Report of the Bombay Veterinary College
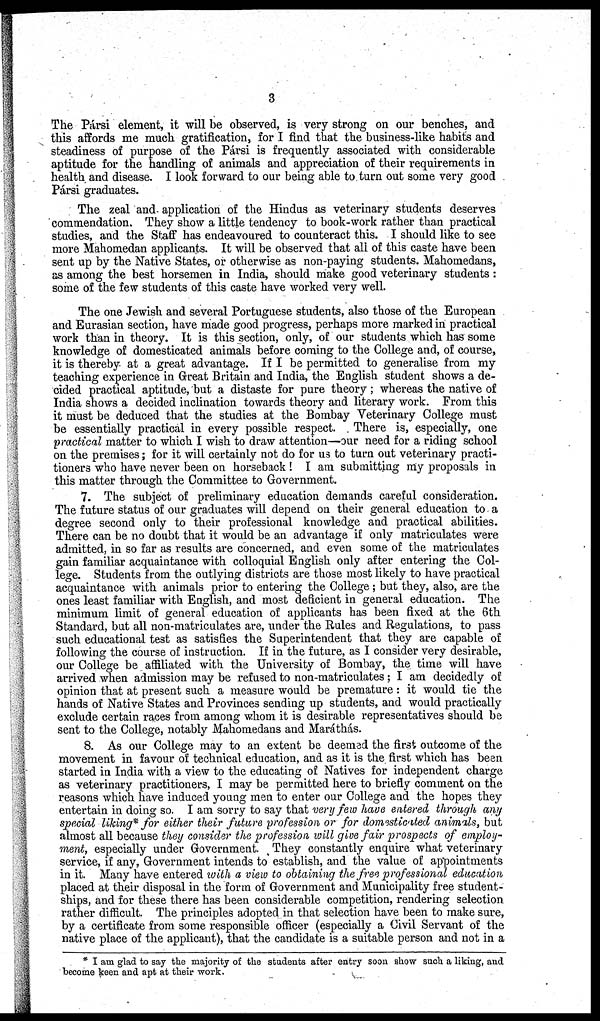
3
The Pársi element, it will be observed, is very strong on our benches, and
this affords me much gratification, for I find that the business-like habits and
steadiness of purpose of the Pársi is frequently associated with considerable
aptitude for the handling of animals and appreciation of their requirements in
health and disease. I look forward to our being able to turn out some very good
Pársi graduates.
The zeal and. application of the Hindus as veterinary students deserves
commendation. They show a little tendency to book-work rather than practical
studies, and the Staff has endeavoured to counteract this. I should like to see
more Mahomedan applicants. It will be observed that all of this caste have been
sent up by the Native States, or otherwise as non-paying students. Mahomedans,
as among the best horsemen in India, should make good veterinary students:
some of the few students of this caste have worked very well.
The one Jewish and several Portuguese students, also those of the European
and Eurasian section, have made good progress, perhaps more marked in practical
work than in theory. It is this section, only, of our students which has some
knowledge of domesticated animals before coming to the College and, of course,
it is thereby at a great advantage. If I be permitted to generalise from my
teaching experience in Great Britain and India, the English student shows a de-
cided practical aptitude, but a distaste for pure theory; whereas the native of
India shows a decided inclination towards theory and literary work. From this
it must be deduced that the studies at the Bombay Veterinary College must
be essentially practical in every possible respect. There is, especially, one
practical matter to which I wish to draw attention—our need for a riding school
on the premises; for it will certainly not do for us to turn out veterinary practi-
tioners who have never been on horseback ! I am submitting my proposals in
this matter through the Committee to Government.
7. The subject of preliminary education demands careful consideration.
The future status of our graduates will depend on their general education to a
degree second only to their professional knowledge and practical abilities.
There can be no doubt that it would be an advantage if only matriculates were
admitted, in so far as results are concerned, and even some of the matriculates
gain familiar acquaintance with colloquial English only after entering the Col-
lege. Students from the outlying districts are those most likely to have practical
acquaintance with animals prior to entering the College ; but they, also, are the
ones least familiar with English, and most deficient in general education. The
minimum limit of general education of applicants has been fixed at the 6th
Standard, but all non-matriculates are, under the Rules and Regulations, to pass
such educational test as satisfies the Superintendent that they are capable of
following the course of instruction. If in the future, as I consider very desirable,
our College be affiliated with the University of Bombay, the time will have
arrived when admission may be refused to non-matriculates; I am decidedly of
opinion that at present such a measure would be premature : it would tie the
hands of Native States and Provinces sending up students, and would practically
exclude certain races from among whom it is desirable representatives should be
sent to the College, notably Mahomedans and Maráthás.
8. As our College may to an extent be deemed the first outcome of the
movement in favour of technical education, and as it is the first which has been
started in India with a view to the educating of Natives for independent charge
as veterinary practitioners, I may be permitted here to briefly comment on the
reasons which have induced young men to enter our College and the hopes they
entertain in doing so. I am sorry to say that very few have entered through any
special liking* for either their future profession or for domesticated animals, but
almost all because they consider the profession will give fair prospects of employ-
ment, especially under Government. They constantly enquire what veterinary
service, if any, Government intends to establish, and the value of appointments
in it. Many have entered with a view to obtaining the free professional education
placed at their disposal in the form of Government and Municipality free student-
ships, and for these there has been considerable competition, rendering selection
rather difficult. The principles adopted in that selection have been to make sure,
by a certificate from some responsible officer (especially a Civil Servant of the
native place of the applicant), that the candidate is a suitable person and not in a
* I am glad to say the majority of the students after entry soon show such a liking, and
become keen and apt at their work.